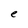
Character: e